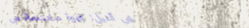
مقهى النيل: قهوة مختصة، س